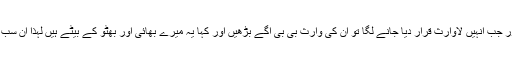
کئی شہداء کی شناخت نہ ہو سکی اور جب انہیں لاوارث قرار دیا جانے لگا تو ان کی وارث بی بی آگے بڑھیں اور کہا یہ میرے بھائی اور بھٹو کے بیٹے ہیں لہٰذا ان سب کو گڑھی خُدا بخش میں دفن کیا گیا۔